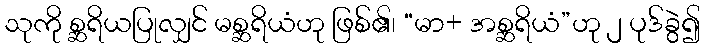
သုကို စ္ဆရိယပြုလျှင် မစ္ဆရိယံဟု ဖြစ်၏၊ “မာ+ အစ္ဆရိယံ”ဟု ၂ ပုဒ်ခွဲ၍